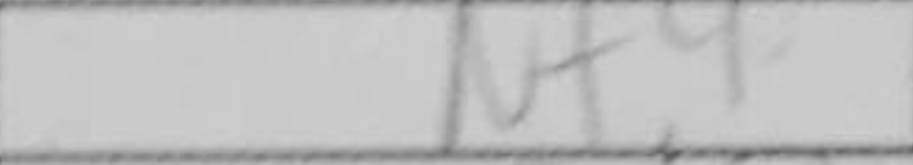
Transcription: Nf4